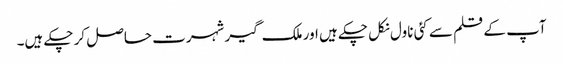
آپ کے قلم سے کئی ناول نکل چکے ہیں اور ملک گیر شہرت حاصل کر چکے ہیں۔